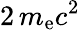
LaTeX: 2\, m_{\mathrm{e}}c^{2}